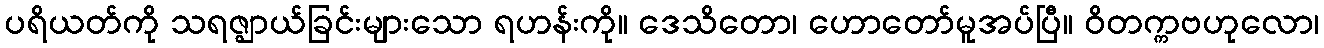
ပရိယတ်ကို သရဇ္ဈာယ်ခြင်းများသော ရဟန်းကို။ ဒေသိတော၊ ဟောတော်မူအပ်ပြီ။ ဝိတက္ကဗဟုလော၊